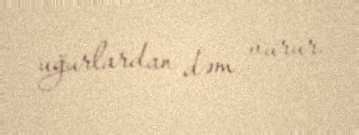
uğurlardan dəm vurur.